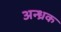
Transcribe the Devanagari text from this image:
अन्ध्रक